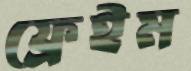
ফ্রেইম